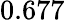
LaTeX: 0.677